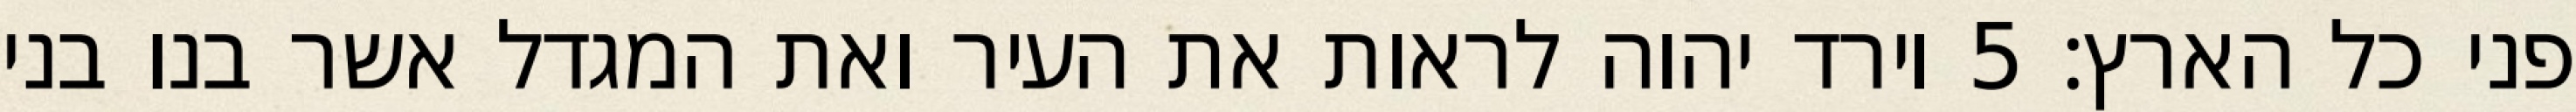
פני כל הארץ׃ ‎5‏ וירד יהוה לראות את העיר ואת המגדל אשר בנו בני